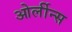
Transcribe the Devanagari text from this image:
ओर्लीन्स